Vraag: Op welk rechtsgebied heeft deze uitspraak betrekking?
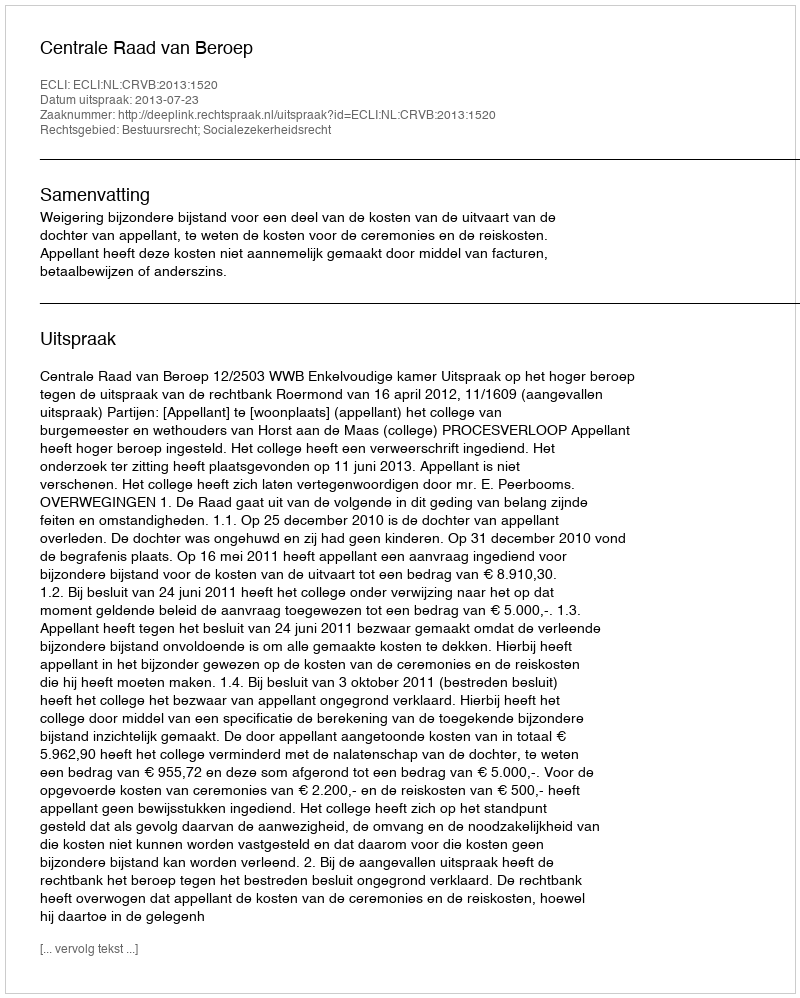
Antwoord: Bestuursrecht; Socialezekerheidsrecht